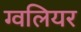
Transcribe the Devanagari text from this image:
ग्वलियर